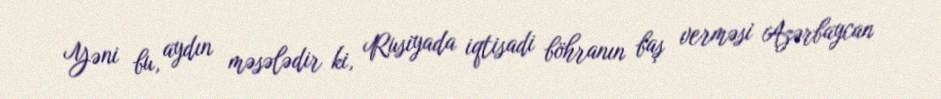
Yəni bu, aydın məsələdir ki, Rusiyada iqtisadi böhranın baş verməsi Azərbaycan